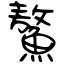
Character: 鰲